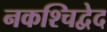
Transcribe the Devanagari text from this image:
नकश्चिद्वेद